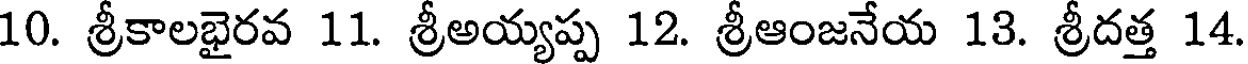
10. శ్రీకాలభైరవ 11. శ్రీఅయ్యప్ప 12. శ్రీఆంజనేయ 13. శ్రీదత్త 14